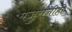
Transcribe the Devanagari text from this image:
मजुरांनीही